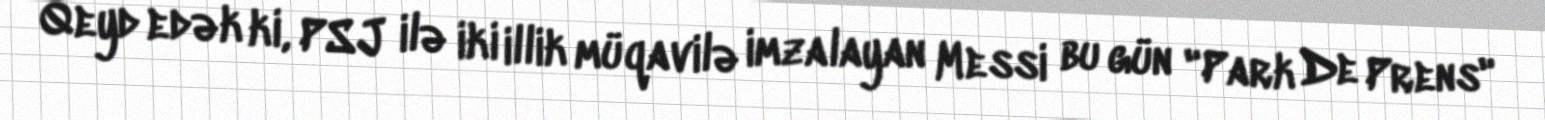
Qeyd edək ki, PSJ ilə iki illik müqavilə imzalayan Messi bu gün "Park De Prens"